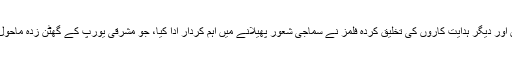
1960ء کے عشرے میں فورمان اور دیگر ہدایت کاروں کی تخلیق کردہ فلمز نے سماجی شعور پھیلانے میں اہم کردار ادا کیا، جو مشرقی یورپ کے گھٹن زدہ ماحول میں کسی کرامت سے کم نہ تھا۔